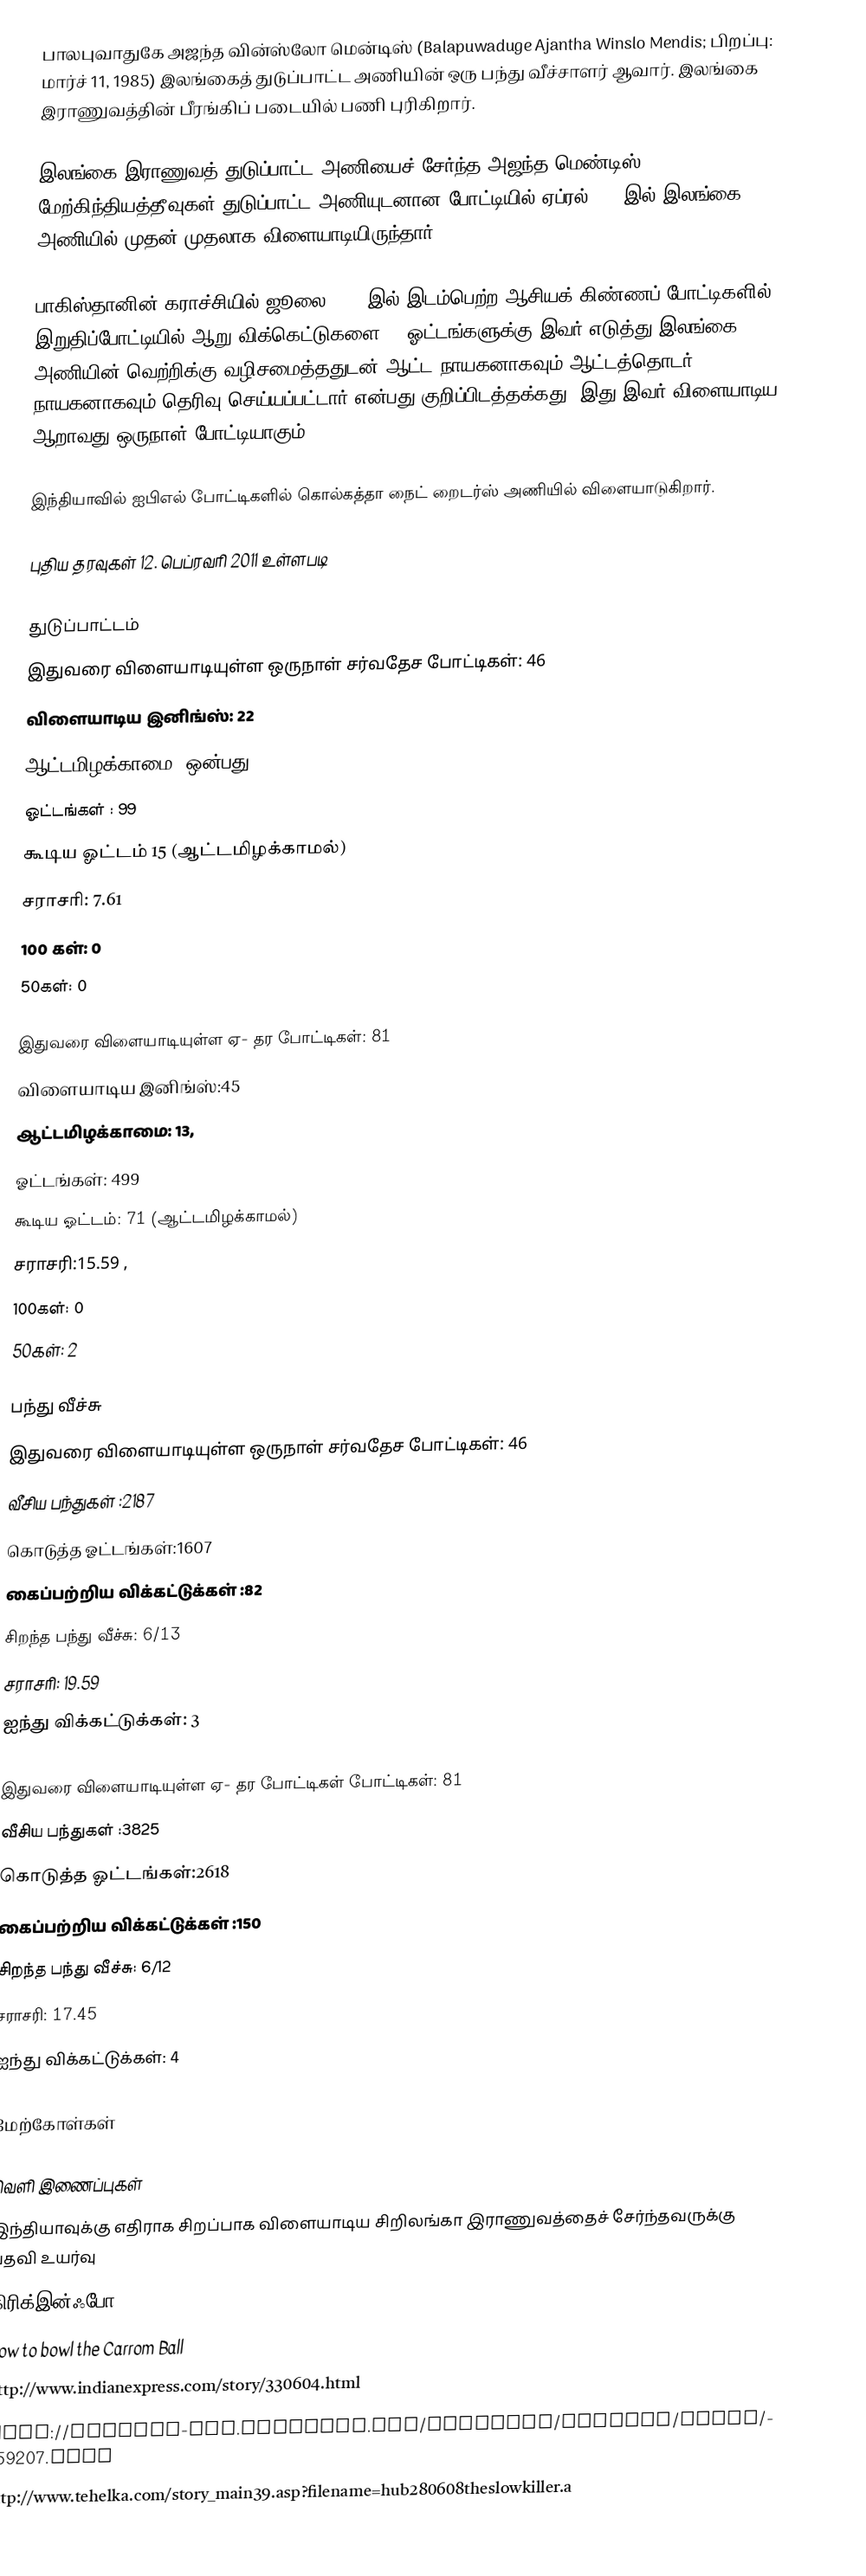
பாலபுவாதுகே அஜந்த வின்ஸ்லோ மென்டிஸ் (Balapuwaduge Ajantha Winslo Mendis; பிறப்பு: மார்ச் 11, 1985) இலங்கைத் துடுப்பாட்ட அணியின் ஒரு பந்து வீச்சாளர் ஆவார். இலங்கை இராணுவத்தின் பீரங்கிப் படையில் பணி புரிகிறார்.

இலங்கை இராணுவத் துடுப்பாட்ட அணியைச் சேர்ந்த அஜந்த மெண்டிஸ் மேற்கிந்தியத்தீவுகள் துடுப்பாட்ட அணியுடனான போட்டியில் ஏப்ரல் 2008இல் இலங்கை அணியில் முதன் முதலாக விளையாடியிருந்தார்.

பாகிஸ்தானின் கராச்சியில் ஜூலை 2008 இல் இடம்பெற்ற ஆசியக் கிண்ணப் போட்டிகளில் இறுதிப்போட்டியில் ஆறு விக்கெட்டுகளை 13 ஓட்டங்களுக்கு இவர் எடுத்து இலங்கை அணியின் வெற்றிக்கு வழிசமைத்ததுடன் ஆட்ட நாயகனாகவும் ஆட்டத்தொடர் நாயகனாகவும் தெரிவு செய்யப்பட்டார் என்பது குறிப்பிடத்தக்கது. இது இவர் விளையாடிய ஆறாவது ஒருநாள் போட்டியாகும்..

இந்தியாவில் ஐபிஎல் போட்டிகளில் கொல்கத்தா நைட் றைடர்ஸ் அணியில் விளையாடுகிறார்.

புதிய தரவுகள் 12. பெப்ரவரி 2011 உள்ளபடி

துடுப்பாட்டம்
இதுவரை விளையாடியுள்ள ஒருநாள் சர்வதேச போட்டிகள்: 46
 விளையாடிய இனிங்ஸ்: 22
 ஆட்டமிழக்காமை: ஒன்பது
 ஓட்டங்கள் : 99
 கூடிய ஓட்டம் 15 (ஆட்டமிழக்காமல்)
 சராசரி: 7.61
 100 கள்: 0
 50கள்: 0

இதுவரை விளையாடியுள்ள ஏ- தர போட்டிகள்: 81
 விளையாடிய இனிங்ஸ்:45
 ஆட்டமிழக்காமை: 13,
 ஓட்டங்கள்: 499
 கூடிய ஓட்டம்: 71 (ஆட்டமிழக்காமல்)
 சராசரி:15.59 ,
 100கள்: 0
 50கள்: 2

பந்து வீச்சு
இதுவரை விளையாடியுள்ள ஒருநாள் சர்வதேச போட்டிகள்: 46
 வீசிய பந்துகள் :2187
 கொடுத்த ஓட்டங்கள்:1607
 கைப்பற்றிய விக்கட்டுக்கள் :82
 சிறந்த பந்து வீச்சு: 6/13
 சராசரி: 19.59
 ஐந்து விக்கட்டுக்கள்: 3

இதுவரை விளையாடியுள்ள ஏ- தர போட்டிகள் போட்டிகள்: 81
 வீசிய பந்துகள் :3825
 கொடுத்த ஓட்டங்கள்:2618
 கைப்பற்றிய விக்கட்டுக்கள் :150
 சிறந்த பந்து வீச்சு: 6/12
 சராசரி: 17.45
 ஐந்து விக்கட்டுக்கள்: 4

மேற்கோள்கள்

வெளி இணைப்புகள்
இந்தியாவுக்கு எதிராக சிறப்பாக விளையாடிய சிறிலங்கா இராணுவத்தைச் சேர்ந்தவருக்கு பதவி உயர்வு
கிரிக்இன்ஃபோ profile
How to bowl the Carrom Ball
http://www.indianexpress.com/story/330604.html
http://content-pak.cricinfo.com/magazine/content/story/359207.html
http://www.tehelka.com/story_main39.asp?filename=hub280608theslowkiller.a